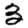
Digit: 3